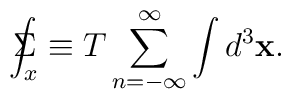
\Sigma \!\!\!\!\!\!\int_x\equiv T\sum_{n=-\infty }^\infty \int d^3\mathbf{x.}